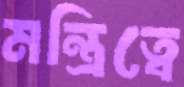
মন্ত্রিত্বে